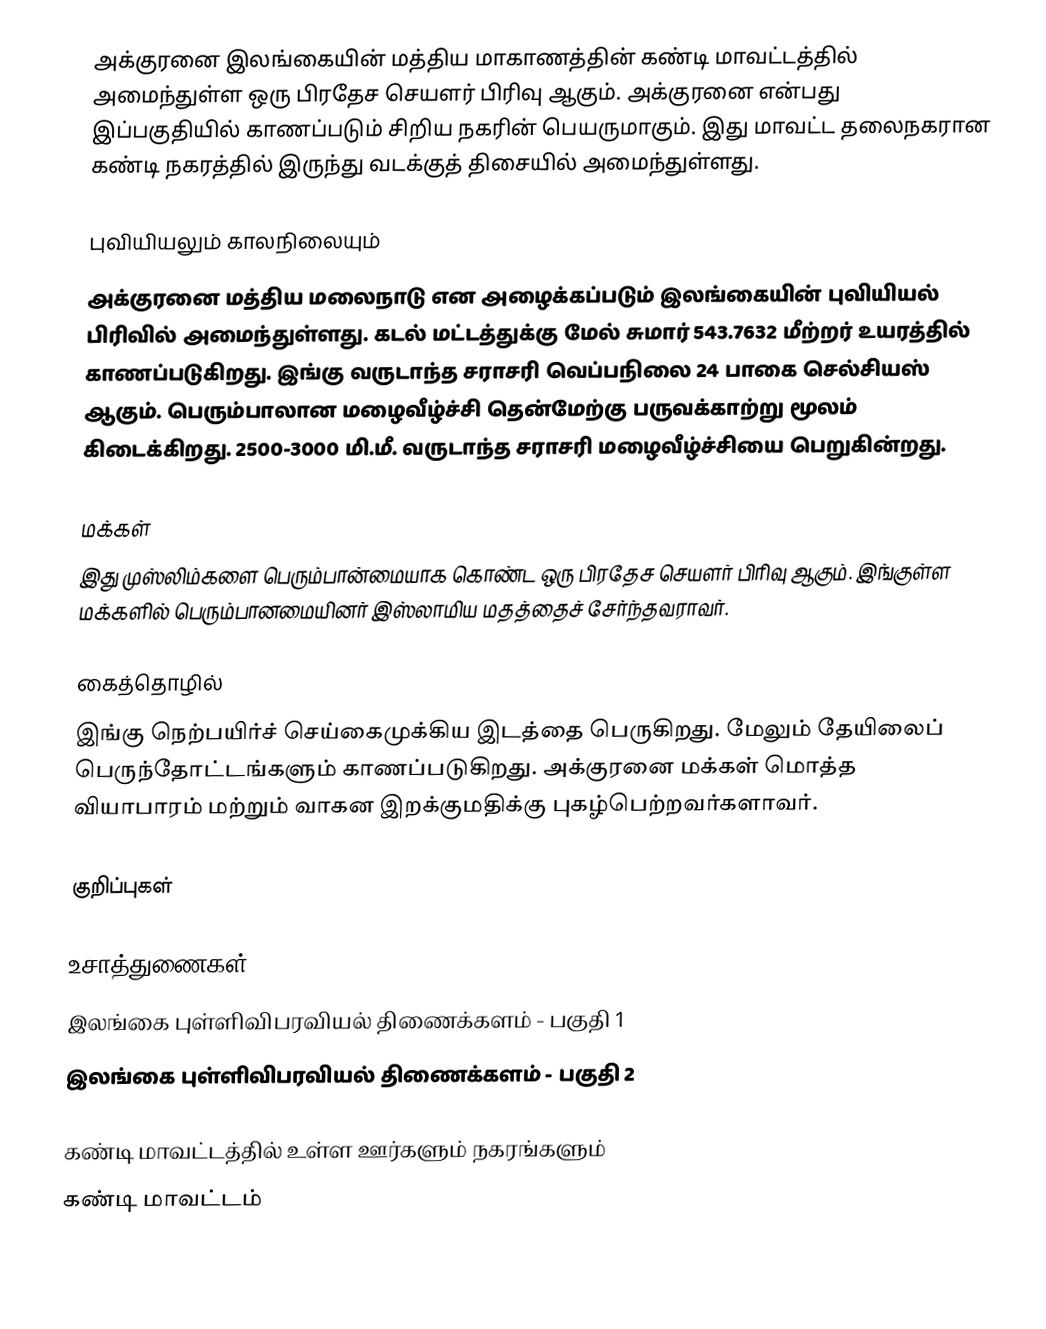
அக்குரனை இலங்கையின் மத்திய மாகாணத்தின் கண்டி மாவட்டத்தில் அமைந்துள்ள ஒரு பிரதேச செயளர் பிரிவு ஆகும். அக்குரனை என்பது இப்பகுதியில் காணப்படும்  சிறிய நகரின் பெயருமாகும். இது மாவட்ட தலைநகரான கண்டி நகரத்தில் இருந்து  வடக்குத் திசையில்  அமைந்துள்ளது.

புவியியலும் காலநிலையும்
அக்குரனை  மத்திய மலைநாடு என அழைக்கப்படும்  இலங்கையின் புவியியல் பிரிவில் அமைந்துள்ளது. கடல் மட்டத்துக்கு மேல் சுமார் 543.7632 மீற்றர்  உயரத்தில் காணப்படுகிறது. இங்கு வருடாந்த சராசரி வெப்பநிலை 24 பாகை செல்சியஸ் ஆகும். பெரும்பாலான மழைவீழ்ச்சி தென்மேற்கு பருவக்காற்று மூலம் கிடைக்கிறது. 2500-3000 மி.மீ. வருடாந்த சராசரி மழைவீழ்ச்சியை பெறுகின்றது.

மக்கள்
இது முஸ்லிம்களை பெரும்பான்மையாக கொண்ட ஒரு பிரதேச செயளர் பிரிவு ஆகும். இங்குள்ள மக்களில் பெரும்பானமையினர் இஸ்லாமிய மதத்தைச் சேர்ந்தவராவர்.

கைத்தொழில்
இங்கு நெற்பயிர்ச் செய்கைமுக்கிய இடத்தை பெருகிறது. மேலும் தேயிலைப் பெருந்தோட்டங்களும் காணப்படுகிறது. அக்குரனை மக்கள் மொத்த வியாபாரம் மற்றும் வாகன இறக்குமதிக்கு புகழ்பெற்றவர்களாவர்.

குறிப்புகள்

உசாத்துணைகள்
 இலங்கை புள்ளிவிபரவியல் திணைக்களம் - பகுதி 1
 இலங்கை புள்ளிவிபரவியல் திணைக்களம் - பகுதி 2

கண்டி மாவட்டத்தில் உள்ள ஊர்களும் நகரங்களும்
கண்டி மாவட்டம்